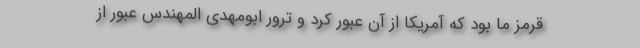
قرمز ما بود که آمریکا از آن عبور کرد و ترور ابومهدی المهندس عبور از